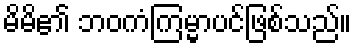
မိမိ၏ ဘဝကံကြမ္မာပင်ဖြစ်သည်။